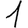
Digit: 1